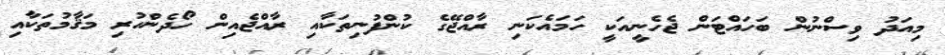
މިއަދު ވިސްނުން ބަހައްޓަން ޖެހެނީއަކީ ހަމައެކަނި ރާއްޖޭގެ ކުންފުނިތަކާއި ރާއްޖެއިން ހޯދެންހުރި މަޤާމުތަކާއި